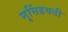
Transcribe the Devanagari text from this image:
नृसिंहयती